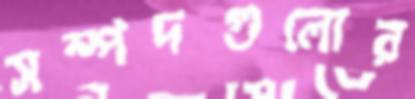
সম্পদগুলোর